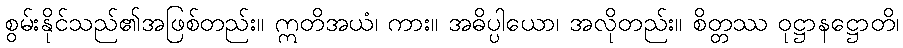
စွမ်းနိုင်သည်၏အဖြစ်တည်း။ ဣတိအယံ၊ ကား။ အဓိပ္ပါယော၊ အလိုတည်း။ စိတ္တဿ ဝုဋ္ဌာနဋ္ဌောတိ၊